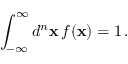
\int _ { - \infty } ^ { \infty } d ^ { n } { \bf x } \, f ( { \bf x } ) = 1 \, .